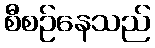
စီစဉ်နေသည်